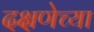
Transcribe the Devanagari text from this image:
दक्षणेच्या